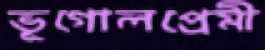
ভূগোলপ্রেমী